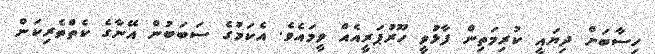
ހިސާބަށް ދިޔައީ ކުރިމަތިން ފާޅުވީ ހޫރުޕަރީއެއް ވީމައެވެ. އެކަމުގެ ސަބަބުން އޭނާގެ ކެތްތެރިކަން